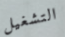
التشغيل